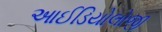
આઈડિયોલોજી